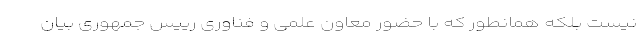
نیست بلکه همانطور که با حضور معاون علمی و فناوری رییس جمهوری بیان